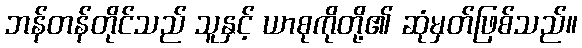
ဘန်တန်တိုင်သည် သူနှင့် ယာစုကိုတို့၏ ဆုံမှတ်ဖြစ်သည်။